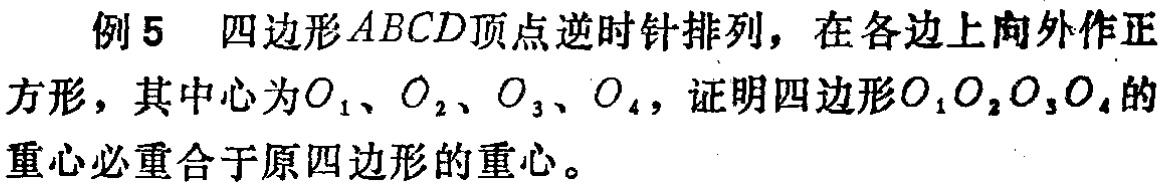
例5 四边形\(ABCD\)顶点逆时针排列，在各边上向外作正方形，其中心为\(O_1\)、\(O_2\)、\(O_3\)、\(O_4\)，证明四边形\(O_1O_2O_3O_4\)的重心必重合于原四边形的重心。